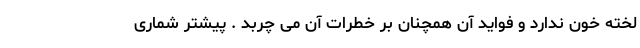
لخته خون ندارد و فواید آن همچنان بر خطرات آن می چربد . پیشتر شماری